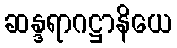
ဆန္ဒရာဂဋ္ဌာနိယေ